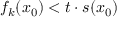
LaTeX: f _ { k } ( x _ { 0 } ) < t \cdot s ( x _ { 0 } )